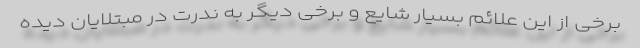
برخی از این علائم بسیار شایع و برخی دیگر به ندرت در مبتلایان دیده